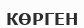
КӨРГЕН